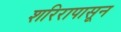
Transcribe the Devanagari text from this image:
शरिरापासून